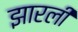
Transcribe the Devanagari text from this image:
झारली